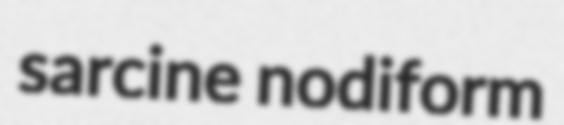
sarcine nodiform